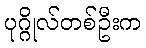
ပုဂ္ဂိုလ်တစ်ဦးက